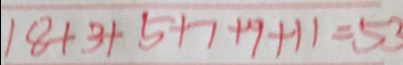
1 8 + 3 + 5 + 7 + 9 + 1 1 = 5 3